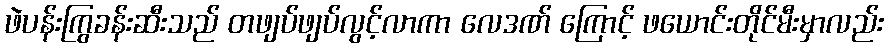
ဖဲပန်းကြွခန်းဆီးသည် တဖျပ်ဖျပ်လွင့်လာကာ လေဒဏ် ကြောင့် ဖယောင်းတိုင်မီးမှာလည်း